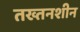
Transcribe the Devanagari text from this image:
तख्तनशीन